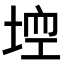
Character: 𡌾